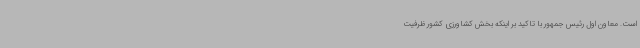
است. معاون اول رئیس جمهور با تاکید بر اینکه بخش کشاورزی کشور ظرفیت